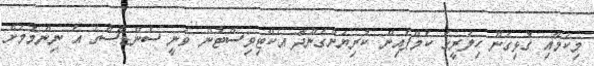
މިކަމާއި ގުޅިގެން ހިލަރީގެ ކެމްޕެއިން ކުރިޔަށްގެންދާ އެކްޓިވިސްޓުން ވަނީ ސެންޑާސްގެ އެ ނިންމުމަށް